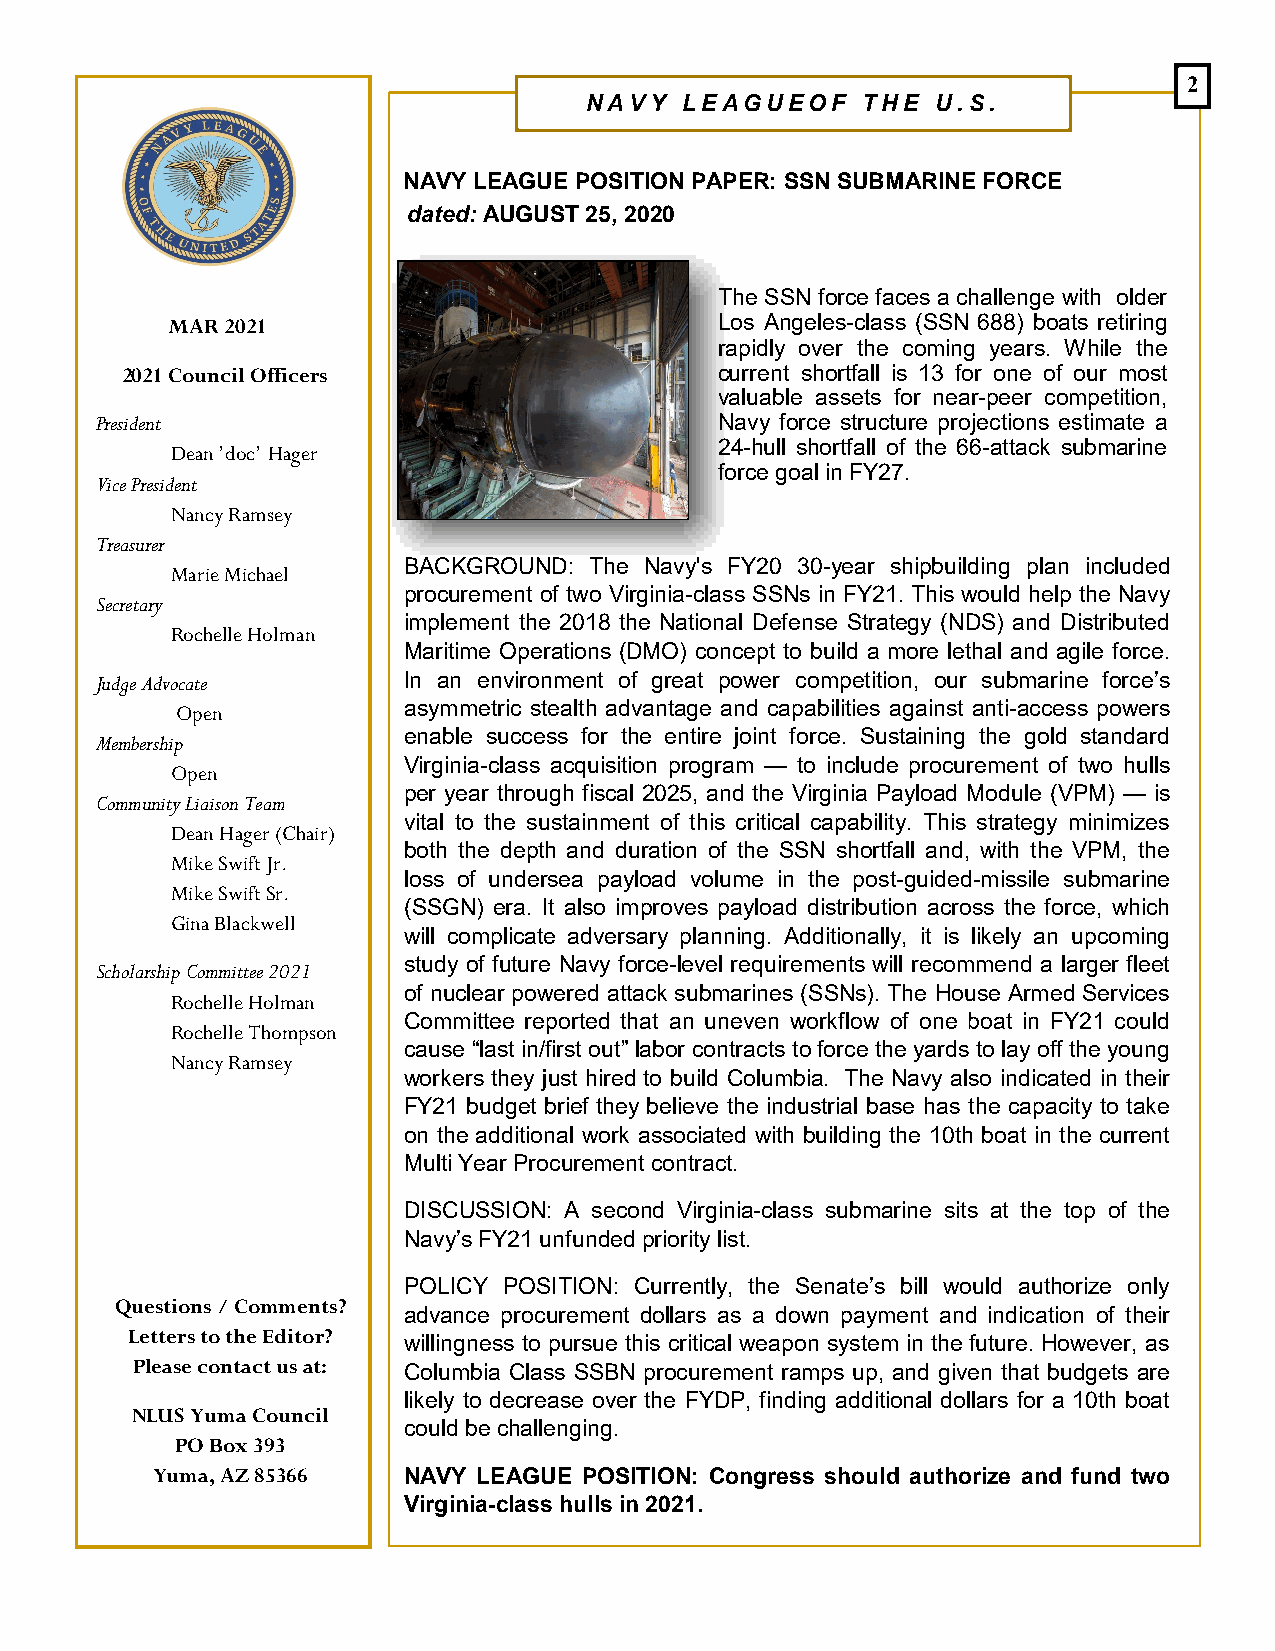
2
 NAVY  LEAGUEOF    THE  U.S.
 NAVY LEAGUE POSITION PAPER: SSN SUBMARINE FORCE
 dated: AUGUST 25, 2020
 The SSN force faces a challenge with older
 MAR 2021                             Los Angeles-class (SSN 688) boats retiring
 rapidly over the coming years. While the
 2021 Council Officers                   current shortfall is 13 for one of our most
 valuable assets for near-peer competition,
 President                                 Navy force structure projections estimate a
 24-hull shortfall of the 66-attack submarine
 Dean ’doc’ Hager
 force goal in FY27.
 Vice President
 Nancy Ramsey
 Treasurer
 BACKGROUND: The Navy's FY20 30-year shipbuilding plan included
 Marie Michael
 procurement of two Virginia-class SSNs in FY21. This would help the Navy
 Secretary
 implement the 2018 the National Defense Strategy (NDS) and Distributed
 Rochelle Holman
 Maritime Operations (DMO) concept to build a more lethal and agile force.
 Judge Advocate       In an environment of great power competition, our submarine force’s
 Open           asymmetric stealth advantage and capabilities against anti-access powers
 enable success for the entire joint force. Sustaining the gold standard
 Membership
 Virginia-class acquisition program — to include procurement of two hulls
 Open
 per year through fiscal 2025, and the Virginia Payload Module (VPM) — is
 Community Liaison Team
 vital to the sustainment of this critical capability. This strategy minimizes
 Dean Hager (Chair)
 both the depth and duration of the SSN shortfall and, with the VPM, the
 Mike Swift Jr.
 loss of undersea payload volume in the post-guided-missile submarine
 Mike Swift Sr.
 (SSGN) era. It also improves payload distribution across the force, which
 Gina Blackwell
 will complicate adversary planning. Additionally, it is likely an upcoming
 study of future Navy force-level requirements will recommend a larger fleet
 Scholarship Committee 2021
 of nuclear powered attack submarines (SSNs). The House Armed Services
 Rochelle Holman
 Committee reported that an uneven workflow of one boat in FY21 could
 Rochelle Thompson
 cause “last in/first out” labor contracts to force the yards to lay off the young
 Nancy Ramsey
 workers they just hired to build Columbia. The Navy also indicated in their
 FY21 budget brief they believe the industrial base has the capacity to take
 on the additional work associated with building the 10th boat in the current
 Multi Year Procurement contract.
 DISCUSSION: A second Virginia-class submarine sits at the top of the
 Navy’s FY21 unfunded priority list.
 POLICY POSITION: Currently, the Senate’s bill would authorize only
 Questions / Comments?
 advance procurement dollars as a down payment and indication of their
 Letters to the Editor?
 willingness to pursue this critical weapon system in the future. However, as
 Please contact us at: Columbia Class SSBN procurement ramps up, and given that budgets are
 likely to decrease over the FYDP, finding additional dollars for a 10th boat
 NLUS Yuma Council
 could be challenging.
 PO Box 393
 Yuma, AZ 85366   N A V Y L E AGUE POSITION: Congress should authorize and fund two
 Virginia-class hulls in 2021.